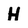
Character: H